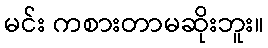
မင်း ကစားတာမဆိုးဘူး။